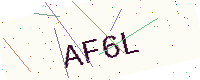
Text: AF6L